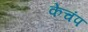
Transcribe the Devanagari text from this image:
केचंप